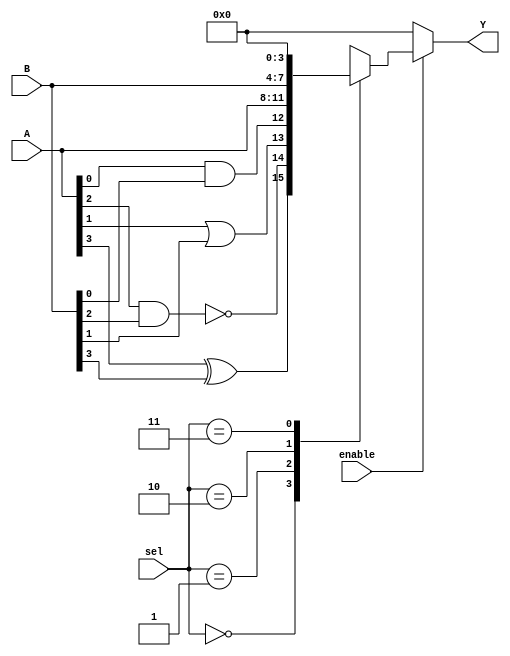
module CombinationalLogicBlock (
    input wire [3:0] A,         // 4-bit input A
    input wire [3:0] B,         // 4-bit input B
    input wire [1:0] sel,       // MUX select lines
    input wire enable,          // Enable signal
    output wire [3:0] Y         // 4-bit output Y
);

// Internal signals for LUTs
wire [3:0] lut_out;
wire [3:0] mux_out;

// Look-Up Table (LUT) implementation
// Example: LUT for a simple logic function (A AND B)
assign lut_out[0] = A[0] & B[0]; // LUT0: A0 AND B0
assign lut_out[1] = A[1] | B[1]; // LUT1: A1 OR B1
assign lut_out[2] = ~(A[2] & B[2]); // LUT2: NOT (A2 AND B2)
assign lut_out[3] = A[3] ^ B[3]; // LUT3: A3 XOR B3

// Multiplexer to select output based on 'sel' input
always @(*) begin
    case (sel)
        2'b00: mux_out = lut_out;         // Select LUT outputs
        2'b01: mux_out = {A[3:0]};        // Select A
        2'b10: mux_out = {B[3:0]};        // Select B
        2'b11: mux_out = 4'b0000;         // Select 0
        default: mux_out = 4'b0000;       // Default case
    endcase
end

// Enable logic
assign Y = enable ? mux_out : 4'b0000; // Output is mux_out when enabled, otherwise 0

endmodule